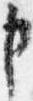
申